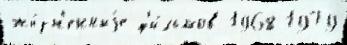
жи́зн'енныjе ф'и́льмов 1968 1979